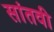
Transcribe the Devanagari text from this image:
सांतवी